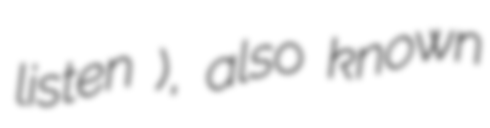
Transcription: listen ), also known